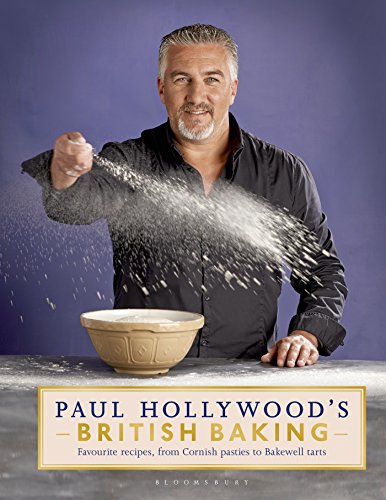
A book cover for Paul Hollywood's British Baking; Paul Hollywood; Cookbooks, Food & Wine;